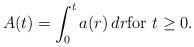
LaTeX: \begin{align*}A(t) = \int _0^t a(r)\,dr {\rm for} \,\, t\geq 0.\end{align*}